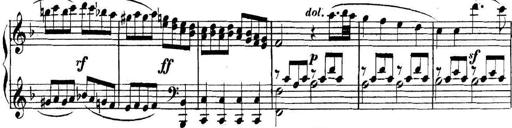
Title: Collected Piano Sonatas
Composer: Muzio Clementi